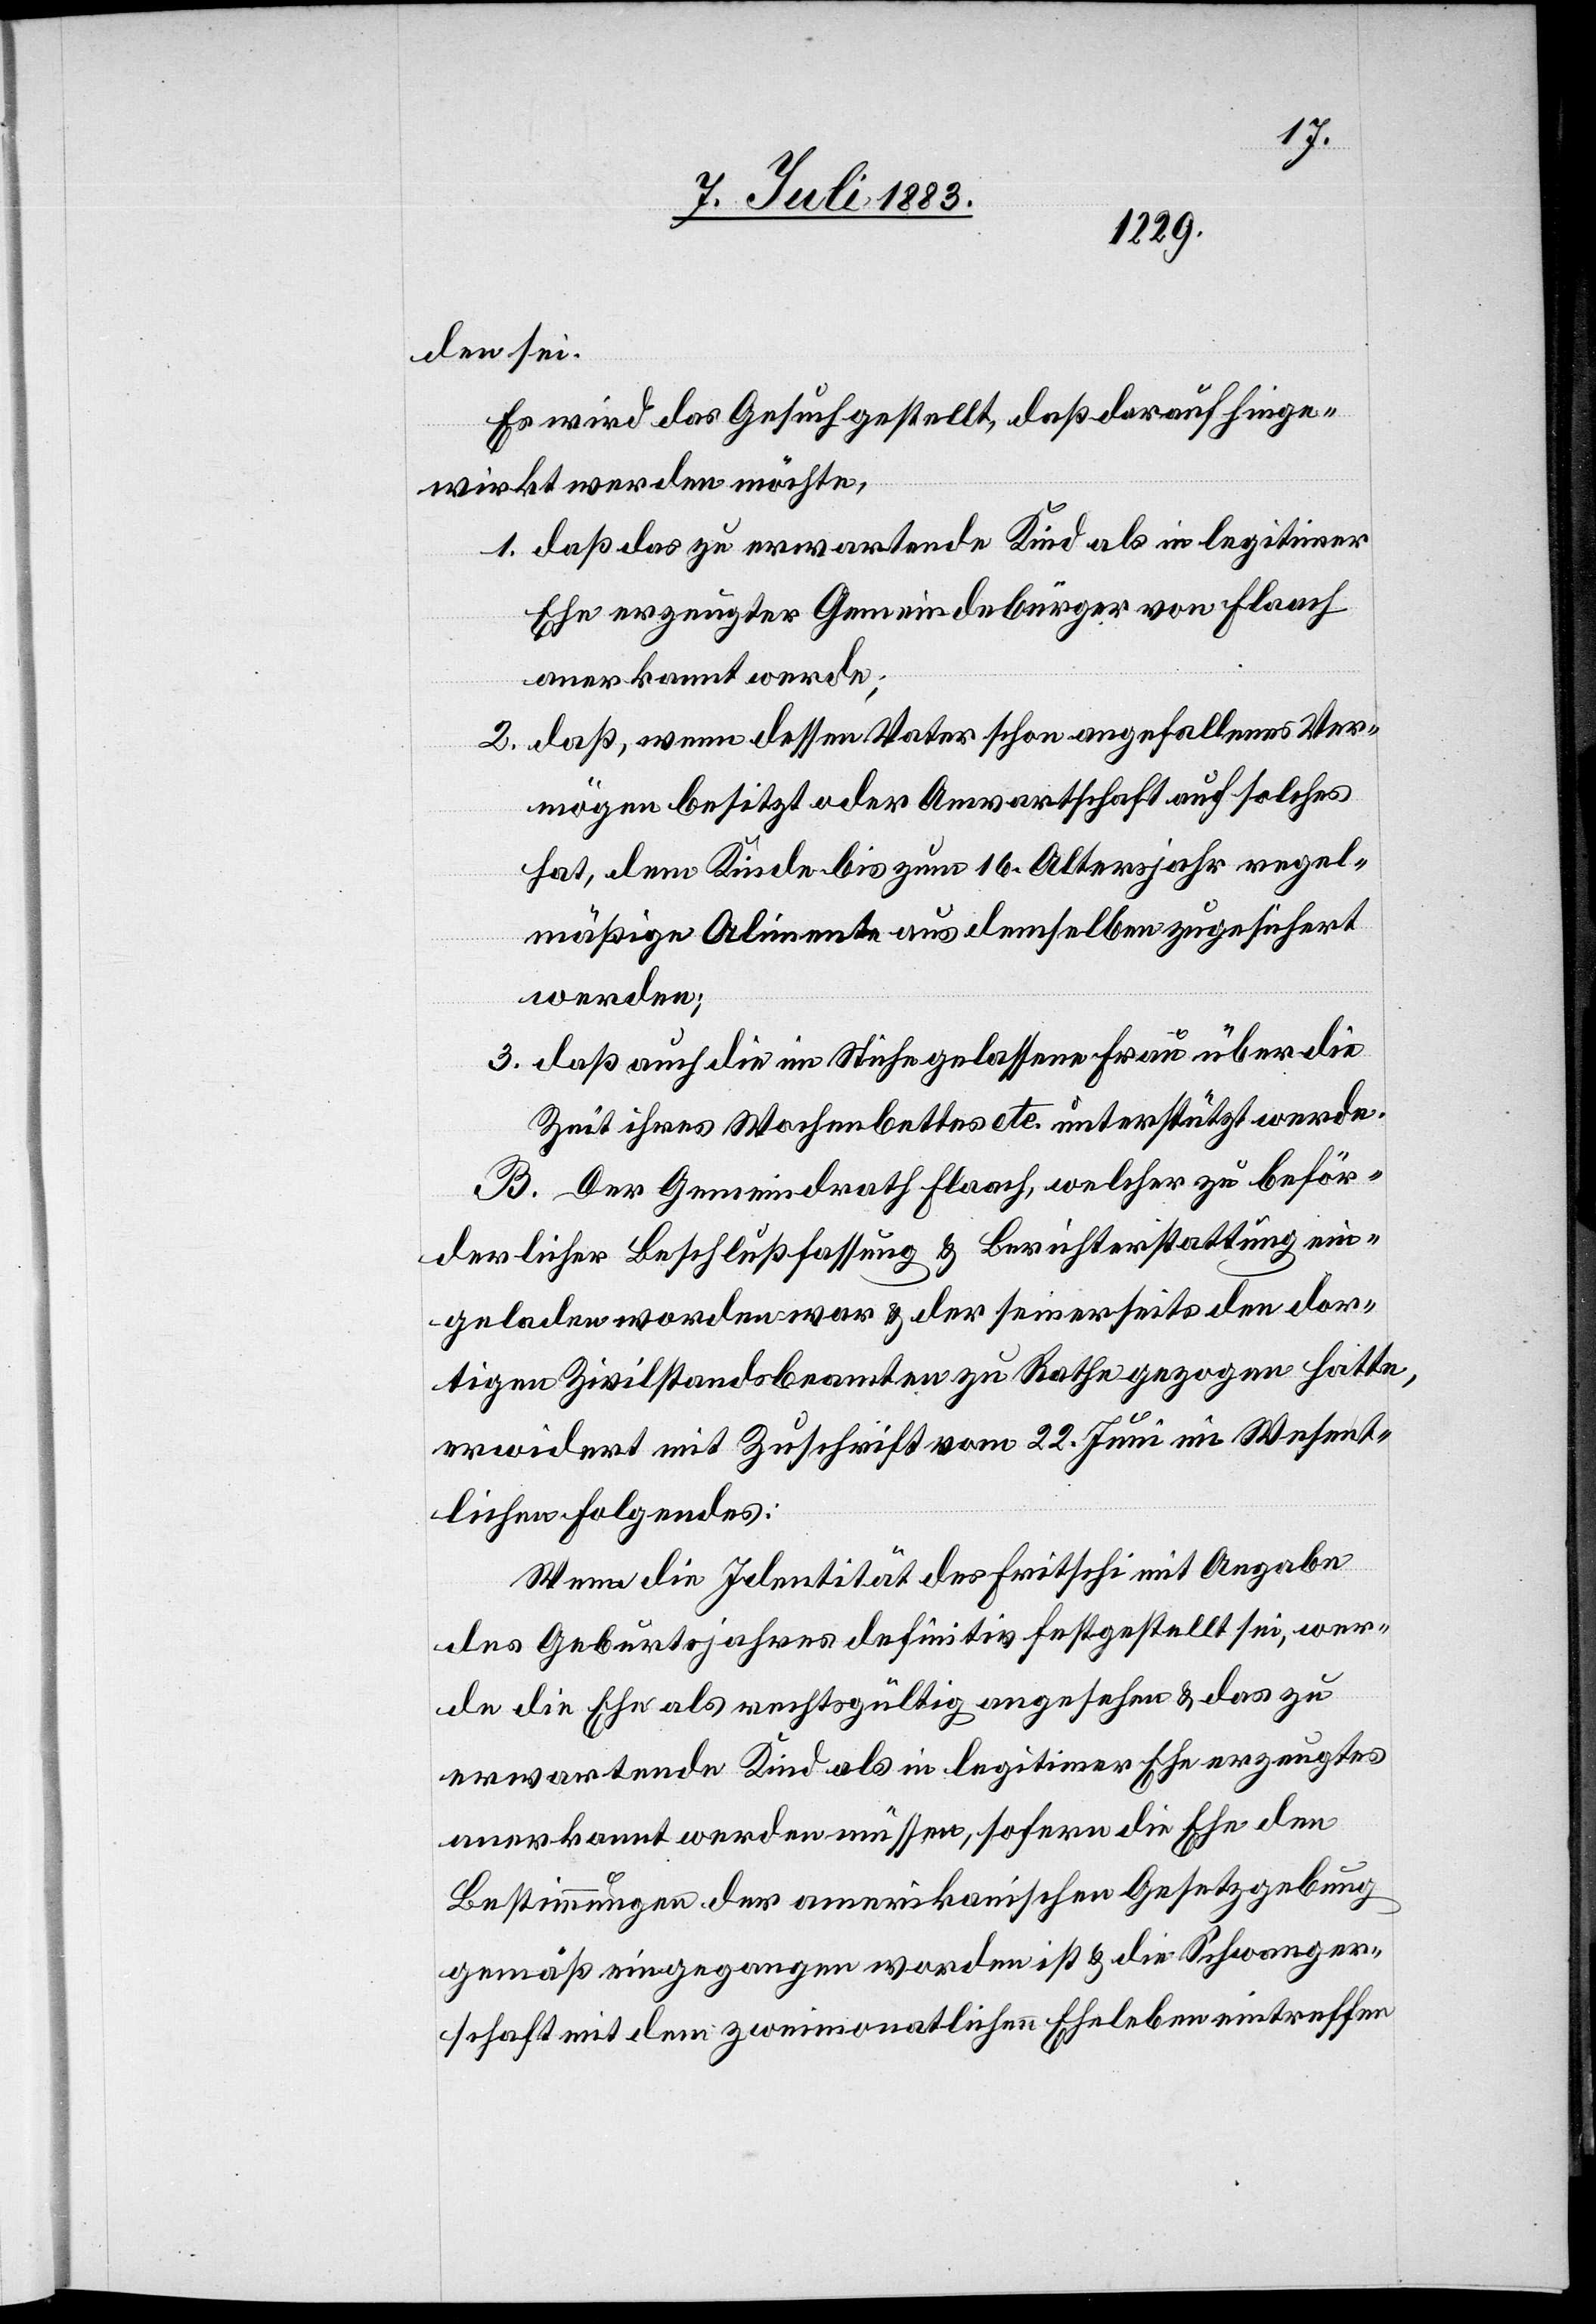
den sei.
Es wird das Gesuch gestellt, daß darauf hinge¬
wirkt werden möchte,
1. daß das zu erwartende Kind als in legitimer
Ehe erzeugter Gemeindebürger von Flaach
anerkannt werde;
2. daß, wenn dessen Vater schon angefallenes Ver¬
mögen besitzt oder Anwartschaft auf solches
hat, dem Kinde bis zum 16. Altersjahr regel¬
mäßige Alimente aus demselben zugesichert
werden;
3. daß auch die im Stiche gelassene Frau über die
Zeit ihres Wochenbettes etc. unterstützt werde.
B. Der Gemeindrath Flaach, welcher zu beför¬
derlicher Beschlußfassung & Berichterstattung ein¬
geladen worden war & der seinerseits den dor¬
tigen Zivilstandsbeamten zu Rathe gezogen hatte,
erwidert mit Zuschrift vom 22. Juni im Wesent¬
lichen Folgendes:
Wenn die Identität des Fritschi mit Angabe
des Geburtsjahres definitiv festgestellt sei, wer¬
de die Ehe als rechtsgültig angesehen & das zu
erwartende Kind als in legitimer Ehe erzeugtes
anerkannt werden müssen, sofern die Ehe den
Bestimmungen der amerikanischen Gesetzgebung
gemäß eingegangen worden ist & die Schwanger¬
schaft mit dem zweimonatlichen Eheleben eintreffen